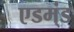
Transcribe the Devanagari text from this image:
एडम्ंड